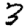
Digit: 3